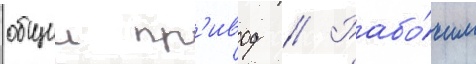
общии пр'ивод // Рабо́чим